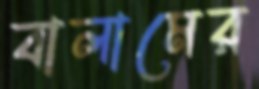
বালামের